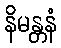
နိမန္တနံ